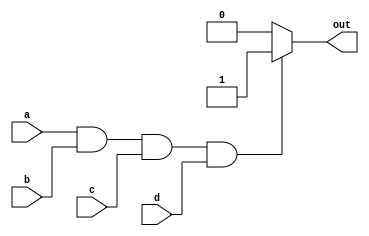
module and_gate (
    input wire a,
    input wire b,
    input wire c,
    input wire d,
    output reg out
);

always @* begin
    if (a && b && c && d) begin
        out = 1'b1;
    end
    else begin
        out = 1'b0;
    end
end

endmodule